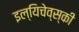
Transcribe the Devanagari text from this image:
इल्यिचेव्स्की